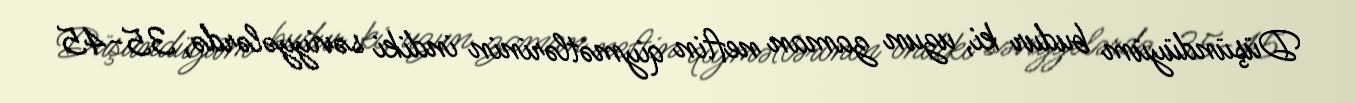
Düşündüyüm budur ki, uzun zaman neftin qiymətlərinin indiki səviyyələrdə, 35-45